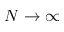
N \to \infty